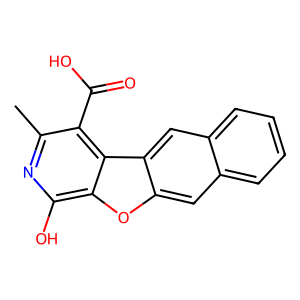
SMILES: Cc1nc(O)c2oc3cc4ccccc4cc3c2c1C(=O)O
Inhibits HIV replication: No